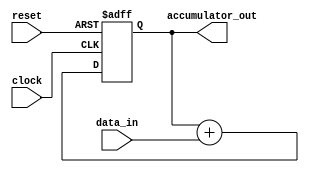
module cascaded_accumulator(
    input wire clock,
    input wire reset,
    input wire [7:0] data_in,
    output reg [15:0] accumulator_out
);

reg [15:0] accumulator;

always @(posedge clock or posedge reset) begin
    if (reset) begin
        accumulator <= 16'b0;
    end else begin
        accumulator <= accumulator + data_in;
    end
end

assign accumulator_out = accumulator;

endmodule